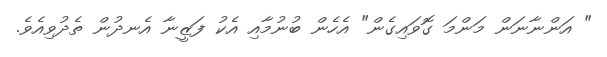
" އަންނާނަން މަންމަ ގޮވައިގެން" އެހެން ބުނުމާއި އެކު ފަޒީނާ އެނދުން ތެދުވިއެވެ.